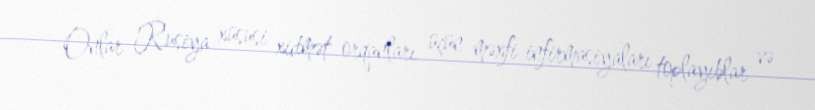
Onlar Rusiya xüsusi xidmət orqanları üçün məxfi infirmasiyaları toplayıblar və